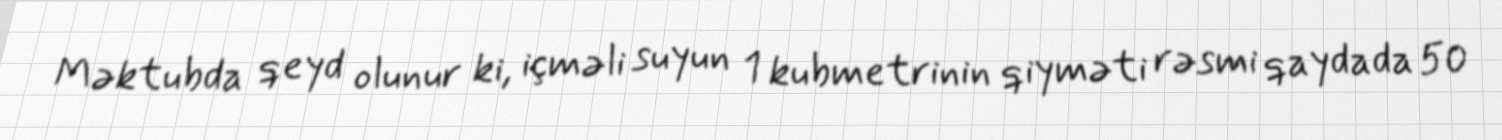
Məktubda qeyd olunur ki, içməli suyun 1 kubmetrinin qiyməti rəsmi qaydada 50